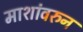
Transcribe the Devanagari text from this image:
माशांवरुन